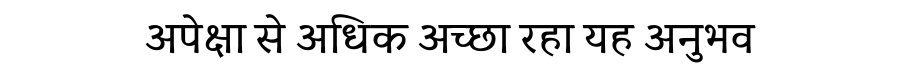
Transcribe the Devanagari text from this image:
अपेक्षा से अधिक अच्छा रहा यह अनुभव